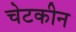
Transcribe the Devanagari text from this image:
चेटकीन